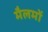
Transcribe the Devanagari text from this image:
मैलमों